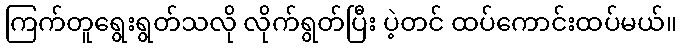
ကြက်တူရွေးရွတ်သလို လိုက်ရွတ်ပြီး ပဲ့တင် ထပ်ကောင်းထပ်မယ်။